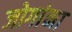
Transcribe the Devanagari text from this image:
जोगांना